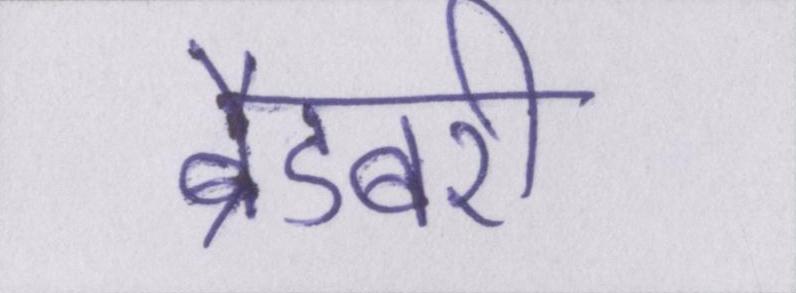
ब्रैडबरी